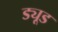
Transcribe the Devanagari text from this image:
ड्यूड